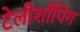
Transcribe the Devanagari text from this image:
टेलीशॉपिंग